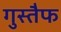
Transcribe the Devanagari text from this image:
गुस्तैफ